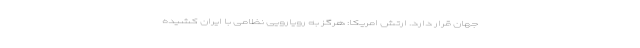
جهان قرار دارد. ارتش امریکا: هرگز به رویارویی نظامی با ایران کشیده